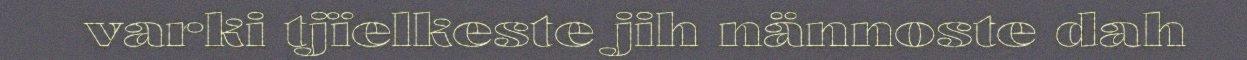
varki tjïelkeste jih nännoste dah